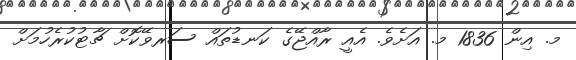
މ. އިން 1836 މ. އަށެވެ. އެއީ ރާއްޖޭގެ ކަނޑުތައް ސަރވޭކޮށް ޗާޓުކުރެހުމަށް